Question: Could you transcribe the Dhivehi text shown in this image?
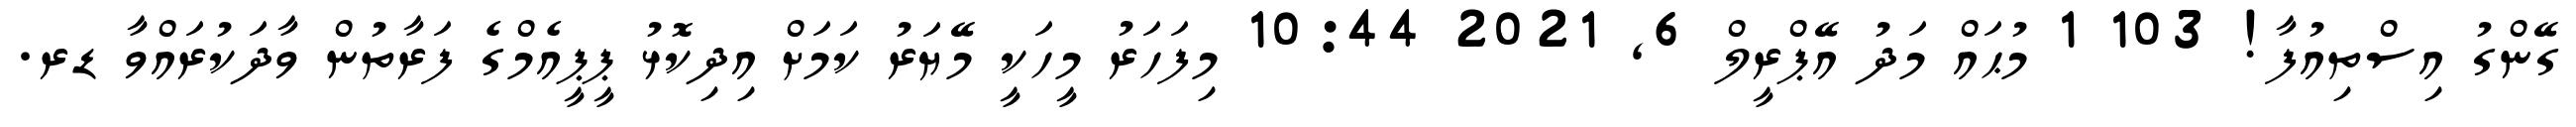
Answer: ގޭންގު އިސްތިއުފާ! 103 1 މުޙައް މަދު އޭޕްރީލް 6, 2021 10:44 މިފަހަރު މީހަކީ މޭޔަރު ކަމަށް އިދިކޮޅު ޕީޕީއެމްގެ ފަރާތުން ވާދަކުރައްވާ ޑރ.